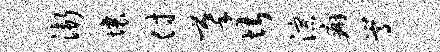
渐壤付摹堪淙癖嵩